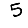
Digit: 5